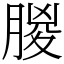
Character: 䶽